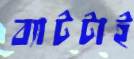
ব্যাটটাই